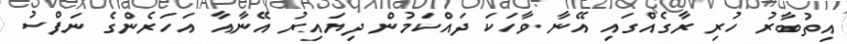
އިތުބާރު ހުރި ރާގެއްގައި އޭނާ ވާހަކަ ދައްކަމުން ދިޔައިރު އޭނާއާ އަހަރެންގެ ނަފްސު